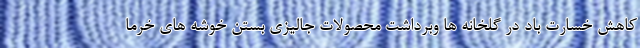
کاهش خسارت باد در گلخانه ها وبرداشت محصولات جالیزی بستن خوشه های خرما